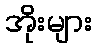
အိုးများ